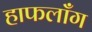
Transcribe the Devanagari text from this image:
हाफलॉँग